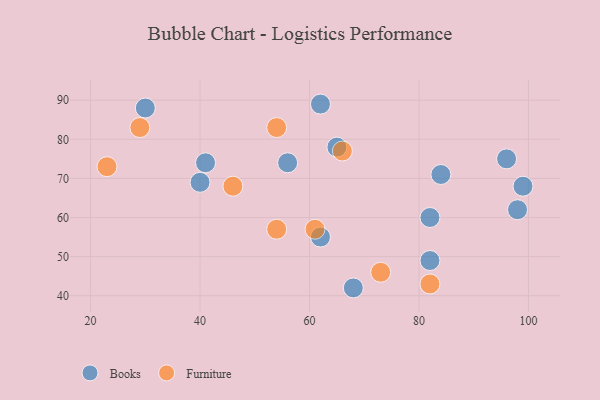
{"axis": {"x": "GDP", "y": "Life Expectancy"}, "legend": ["Books", "Furniture"], "data": [{"x": "65", "y": 78, "type": "Books"}, {"x": "68", "y": 42, "type": "Books"}, {"x": "40", "y": 69, "type": "Books"}, {"x": "99", "y": 68, "type": "Books"}, {"x": "98", "y": 62, "type": "Books"}, {"x": "41", "y": 74, "type": "Books"}, {"x": "62", "y": 89, "type": "Books"}, {"x": "62", "y": 55, "type": "Books"}, {"x": "82", "y": 60, "type": "Books"}, {"x": "96", "y": 75, "type": "Books"}, {"x": "56", "y": 74, "type": "Books"}, {"x": "82", "y": 49, "type": "Books"}, {"x": "84", "y": 71, "type": "Books"}, {"x": "30", "y": 88, "type": "Books"}, {"x": "82", "y": 43, "type": "Furniture"}, {"x": "46", "y": 68, "type": "Furniture"}, {"x": "54", "y": 83, "type": "Furniture"}, {"x": "23", "y": 73, "type": "Furniture"}, {"x": "29", "y": 83, "type": "Furniture"}, {"x": "66", "y": 77, "type": "Furniture"}, {"x": "54", "y": 57, "type": "Furniture"}, {"x": "61", "y": 57, "type": "Furniture"}, {"x": "73", "y": 46, "type": "Furniture"}]}